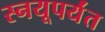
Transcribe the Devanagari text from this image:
स्नयूपर्यंत